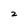
Character: 2